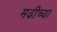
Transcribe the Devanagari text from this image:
मढीच्या